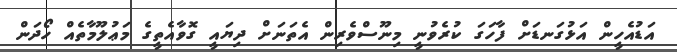
އަޑުއެހީން އަޅުގަނޑަށް ފާހަގަ ކުރެވުނީ މިނޫސްވެރިން އެތަނަށް ދިޔައީ ގޮވާއެތީގެ މަޢުލޫމާތެެއް ހޯދަން